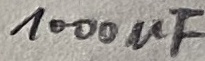
Text: 1000uF